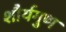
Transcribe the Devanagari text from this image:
शौर्यगुण